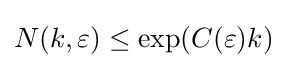
N(k,\varepsilon )\leq \exp(C(\varepsilon )k)